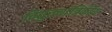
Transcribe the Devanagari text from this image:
विद्युतयांत्रिकीय